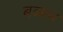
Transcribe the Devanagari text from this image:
बब्‍बन